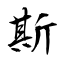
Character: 斯